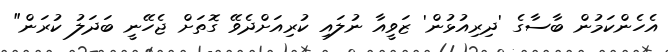
އެހެންކަމުން ބާސާގެ 'ދިރިއުޅުން' ޒަވީއާ ނުލައި ކުރިއަށްދެވޭ ގޮތަށް ޖެހޭނީ ބަދަލު ކުރަން"